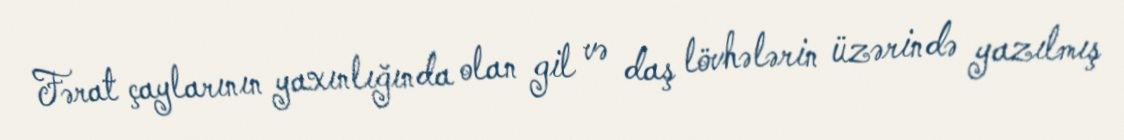
Fərat çaylarının yaxınlığında olan gil və daş lövhələrin üzərində yazılmış